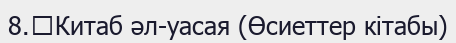
8.	Китаб әл-уасая (Өсиеттер кітабы)